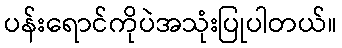
ပန်းရောင်ကိုပဲအသုံးပြုပါတယ်။